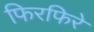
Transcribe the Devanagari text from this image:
फिरफिरे